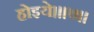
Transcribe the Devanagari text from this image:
होइये।॥७॥